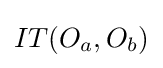
IT(O_{a},O_{b})